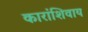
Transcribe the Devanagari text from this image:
कारांशिवाय